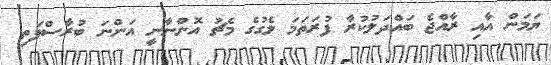
ޔަމަން އާއި ރާއްޖެ ބައްދަލުކުރާ ފުރަތަމަ ލެގުގެ މެޗު އޮންނާނީ އަންނަ ބުރާސްފަތި